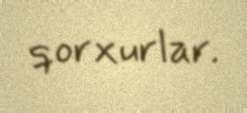
qorxurlar.